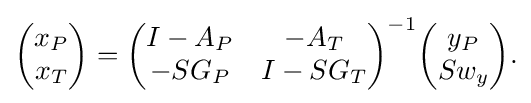
{\begin{aligned}{\begin{pmatrix}x_{P}\\x_{T}\end{pmatrix}}={\begin{pmatrix}I-A_{P}&-A_{T}\\-SG_{P}&I-SG_{T}\end{pmatrix}}^{-1}{\begin{pmatrix}y_{P}\\Sw_{y}\end{pmatrix}}.\end{aligned}}